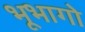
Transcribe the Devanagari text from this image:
भूभागो